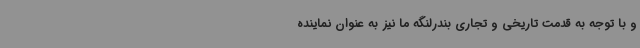
و با توجه به قدمت تاریخی و تجاری بندرلنگه ما نیز به عنوان نماینده